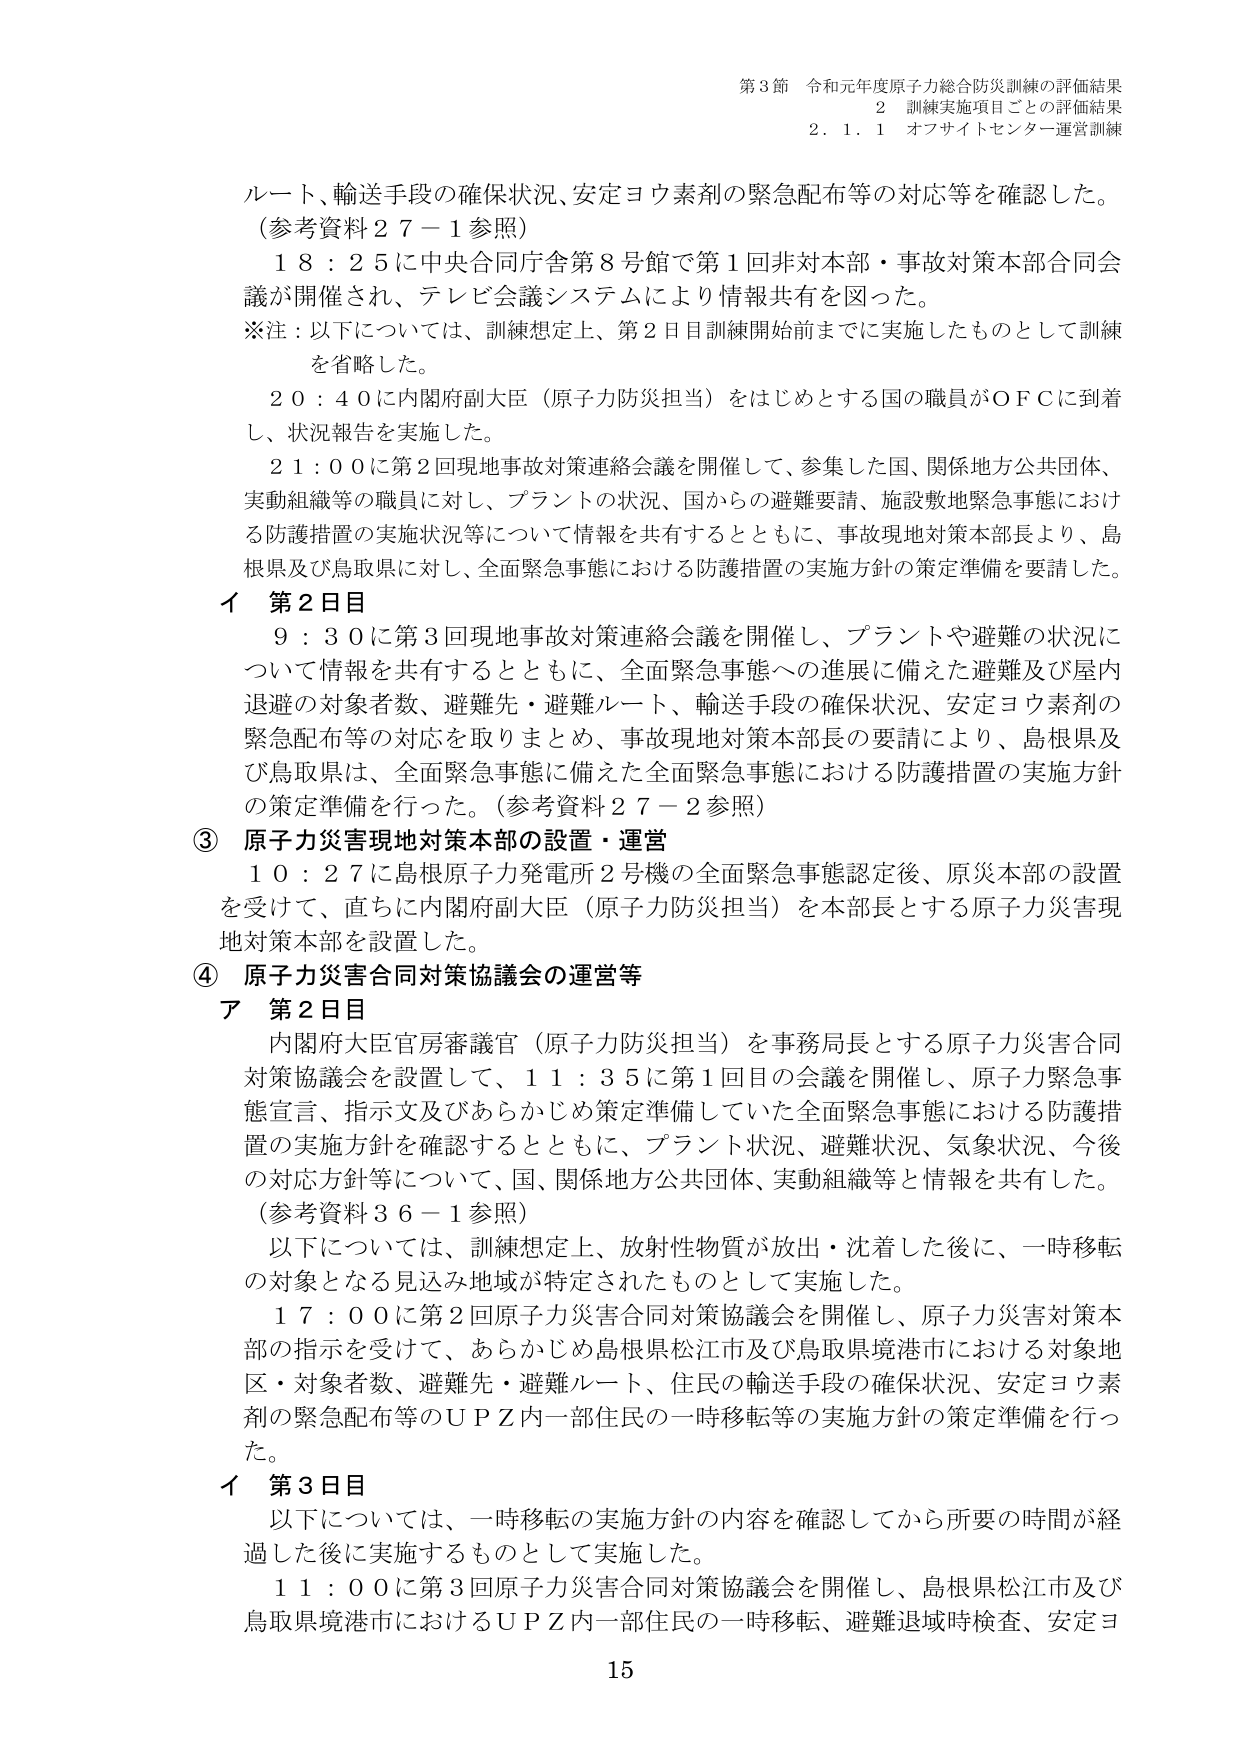
第3節 令和元年度原子力総合防災訓練の評価結果
2 訓練実施項目ごとの評価結果
2.1.1 オフサイトセンター運営訓練

ルート、輸送手段の確保状況、安定ヨウ素剤の緊急配布等の対応等を確認した。
（参考資料27－1参照）
18：25に中央合同庁舎第8号館で第1回非対本部・事故対策本部合同会議が開催され、テレビ会議システムにより情報共有を図った。
※注：以下については、訓練想定上、第2日目訓練開始前までに実施したものとして訓練を省略した。
20：40に内閣府副大臣（原子力防災担当）をはじめとする国の職員がOFCに到着し、状況報告を実施した。
21：00に第2回現地事故対策連絡会議を開催して、参集した国、関係地方公共団体、実動組織等の職員に対し、プラントの状況、国からの避難要請、施設敷地緊急事態における防護措置の実施状況等について情報を共有するとともに、事故現地対策本部長より、島根県及び鳥取県に対し、全面緊急事態における防護措置の実施方針の策定準備を要請した。

イ 第2日目
9：30に第3回現地事故対策連絡会議を開催し、プラントや避難の状況について情報を共有するとともに、全面緊急事態への進展に備えた避難及び屋内退避の対象者数、避難先・避難ルート、輸送手段の確保状況、安定ヨウ素剤の緊急配布等の対応を取りまとめ、事故現地対策本部長の要請により、島根県及び鳥取県は、全面緊急事態に備えた全面緊急事態における防護措置の実施方針の策定準備を行った。（参考資料27－2参照）

③ 原子力災害現地対策本部の設置・運営
10：27に島根原子力発電所2号機の全面緊急事態認定後、原災本部の設置を受けて、直ちに内閣府副大臣（原子力防災担当）を本部長とする原子力災害現地対策本部を設置した。

④ 原子力災害合同対策協議会の運営等
ア 第2日目
内閣府大臣官房審議官（原子力防災担当）を事務局長とする原子力災害合同対策協議会を設置して、11：35に第1回目の会議を開催し、原子力緊急事態宣言、指示文及びあらかじめ策定準備していた全面緊急事態における防護措置の実施方針を確認するとともに、プラント状況、避難状況、気象状況、今後の対応方針等について、国、関係地方公共団体、実動組織等と情報を共有した。
（参考資料36－1参照）
以下については、訓練想定上、放射性物質が放出・沈着した後に、一時移転の対象となる見込み地域が特定されたものとして実施した。
17：00に第2回原子力災害合同対策協議会を開催し、原子力災害対策本部の指示を受けて、あらかじめ島根県松江市及び鳥取県境港市における対象地区・対象者数、避難先・避難ルート、住民の輸送手段の確保状況、安定ヨウ素剤の緊急配布等のUPZ内一部住民の一時移転等の実施方針の策定準備を行った。

イ 第3日目
以下については、一時移転の実施方針の内容を確認してから所要の時間が経過した後に実施するものとして実施した。
11：00に第3回原子力災害合同対策協議会を開催し、島根県松江市及び鳥取県境港市におけるUPZ内一部住民の一時移転、避難退域時検査、安定ヨ

15